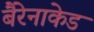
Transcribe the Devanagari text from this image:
बैरेनाकेड